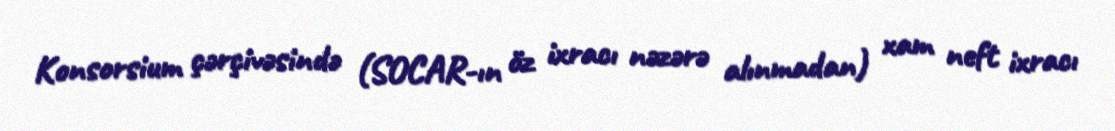
Konsorsium çərçivəsində (SOCAR-ın öz ixracı nəzərə alınmadan) xam neft ixracı